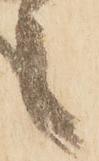
之